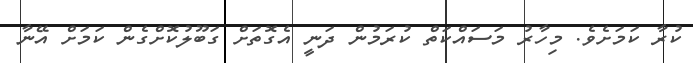
ކުރާ ކަމަށެވެ. މިހާރު މަސައްކަތް ކުރަމުން ދަނީ އެގޮތަށް ގަބޫލުކޮށްގެން ކަމަށް އޭނާ